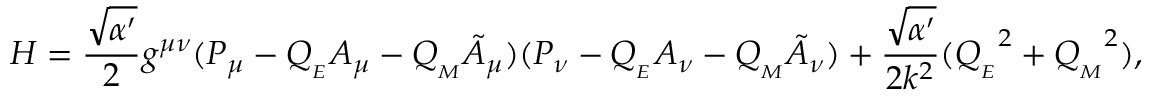
H = \frac { \sqrt { \alpha ^ { \prime } } } { 2 } g ^ { \mu \nu } ( P _ { \mu } - Q _ { _ { E } } { \cal A } _ { \mu } - Q _ { _ { M } } { \tilde { \cal A } } _ { \mu } ) ( P _ { \nu } - Q _ { _ { E } } { \cal A } _ { \nu } - Q _ { _ { M } } { \tilde { \cal A } } _ { \nu } ) + \frac { \sqrt { \alpha ^ { \prime } } } { 2 k ^ { 2 } } ( { Q _ { _ { E } } } ^ { 2 } + { Q _ { _ { M } } } ^ { 2 } ) ,